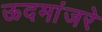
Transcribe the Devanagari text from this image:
ऊदमांजरे